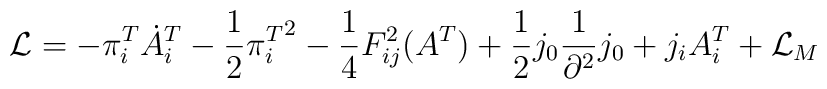
{\cal L} = -\pi_i^T \dot A_i^T -\frac{1}{2} {\pi_i^T}^2 - \frac{1}{4} F_{ij}^2 (A^T) +\frac{1}{2} j_0\frac{1}{\partial^2}j_0 + j_i A_i^T +{\cal L}_M